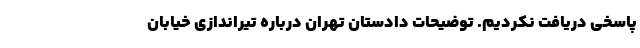
پاسخی دریافت نکردیم. توضیحات دادستان تهران درباره تیراندازی خیابان